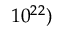
1 0 ^ { 2 2 } )